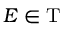
E \in \mathrm { T }